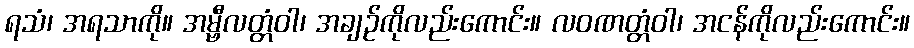
ရသံ၊ အရသာကို။ အမ္ဗီလတ္တံဝါ၊ အချဉ်ကိုလည်းကောင်း။ လဝဏတ္တံဝါ၊ အငန်ကိုလည်းကောင်း။